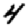
Digit: 4